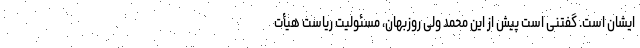
ایشان است. گفتنی است پیش از این محمد ولی روزبهان، مسئولیت ریاست هیأت